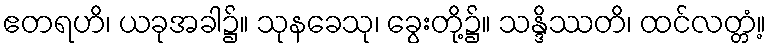
ဧတရဟိ၊ ယခုအခါ၌။ သုနခေသု၊ ခွေးတို့၌။ သန္ဒိဿတိ၊ ထင်လတ္တံ့။